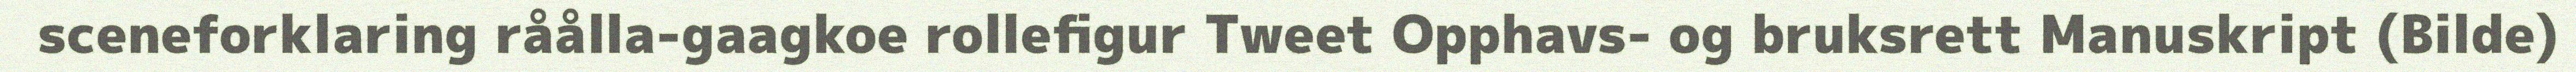
sceneforklaring råålla-gaagkoe rollefigur Tweet Opphavs- og bruksrett Manuskript (Bilde)